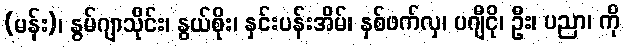
(မန်း)၊ နွမ်ဂျာသိုင်း၊ နွယ်စိုး၊ နှင်းပန်းအိမ်၊ နှစ်ဖက်လှ၊ ပဂျီငို၊ ဦး၊ ပညာ၊ ကို